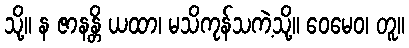
သို့။ န ဇာနန္တိ ယထာ၊ မသိကုန်သကဲ့သို့။ ဝေမေဝ၊ တူ။